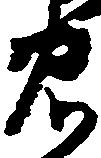
忠